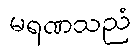
မရဏသညံ